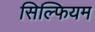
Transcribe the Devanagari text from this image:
सिल्फियम